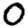
Digit: 0